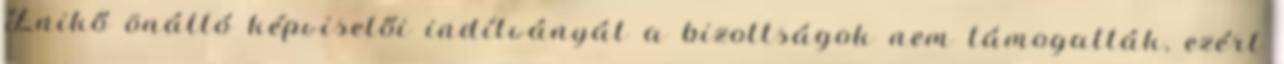
Enikő önálló képviselői indítványát a bizottságok nem támogatták, ezért